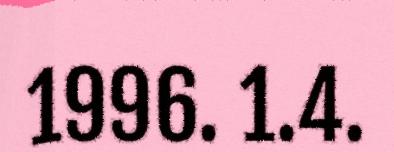
1996. 1.4.